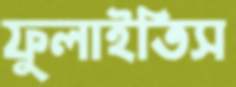
ফুলাইতিস